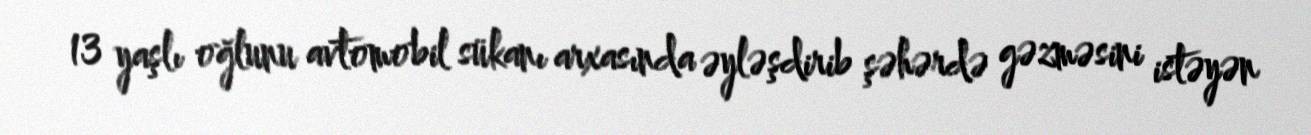
13 yaşlı oğlunu avtomobil sükanı arxasında əyləşdirib şəhərdə gəzməsini istəyən